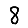
Digit: 8